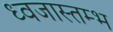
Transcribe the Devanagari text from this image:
ध्वजास्तम्भ